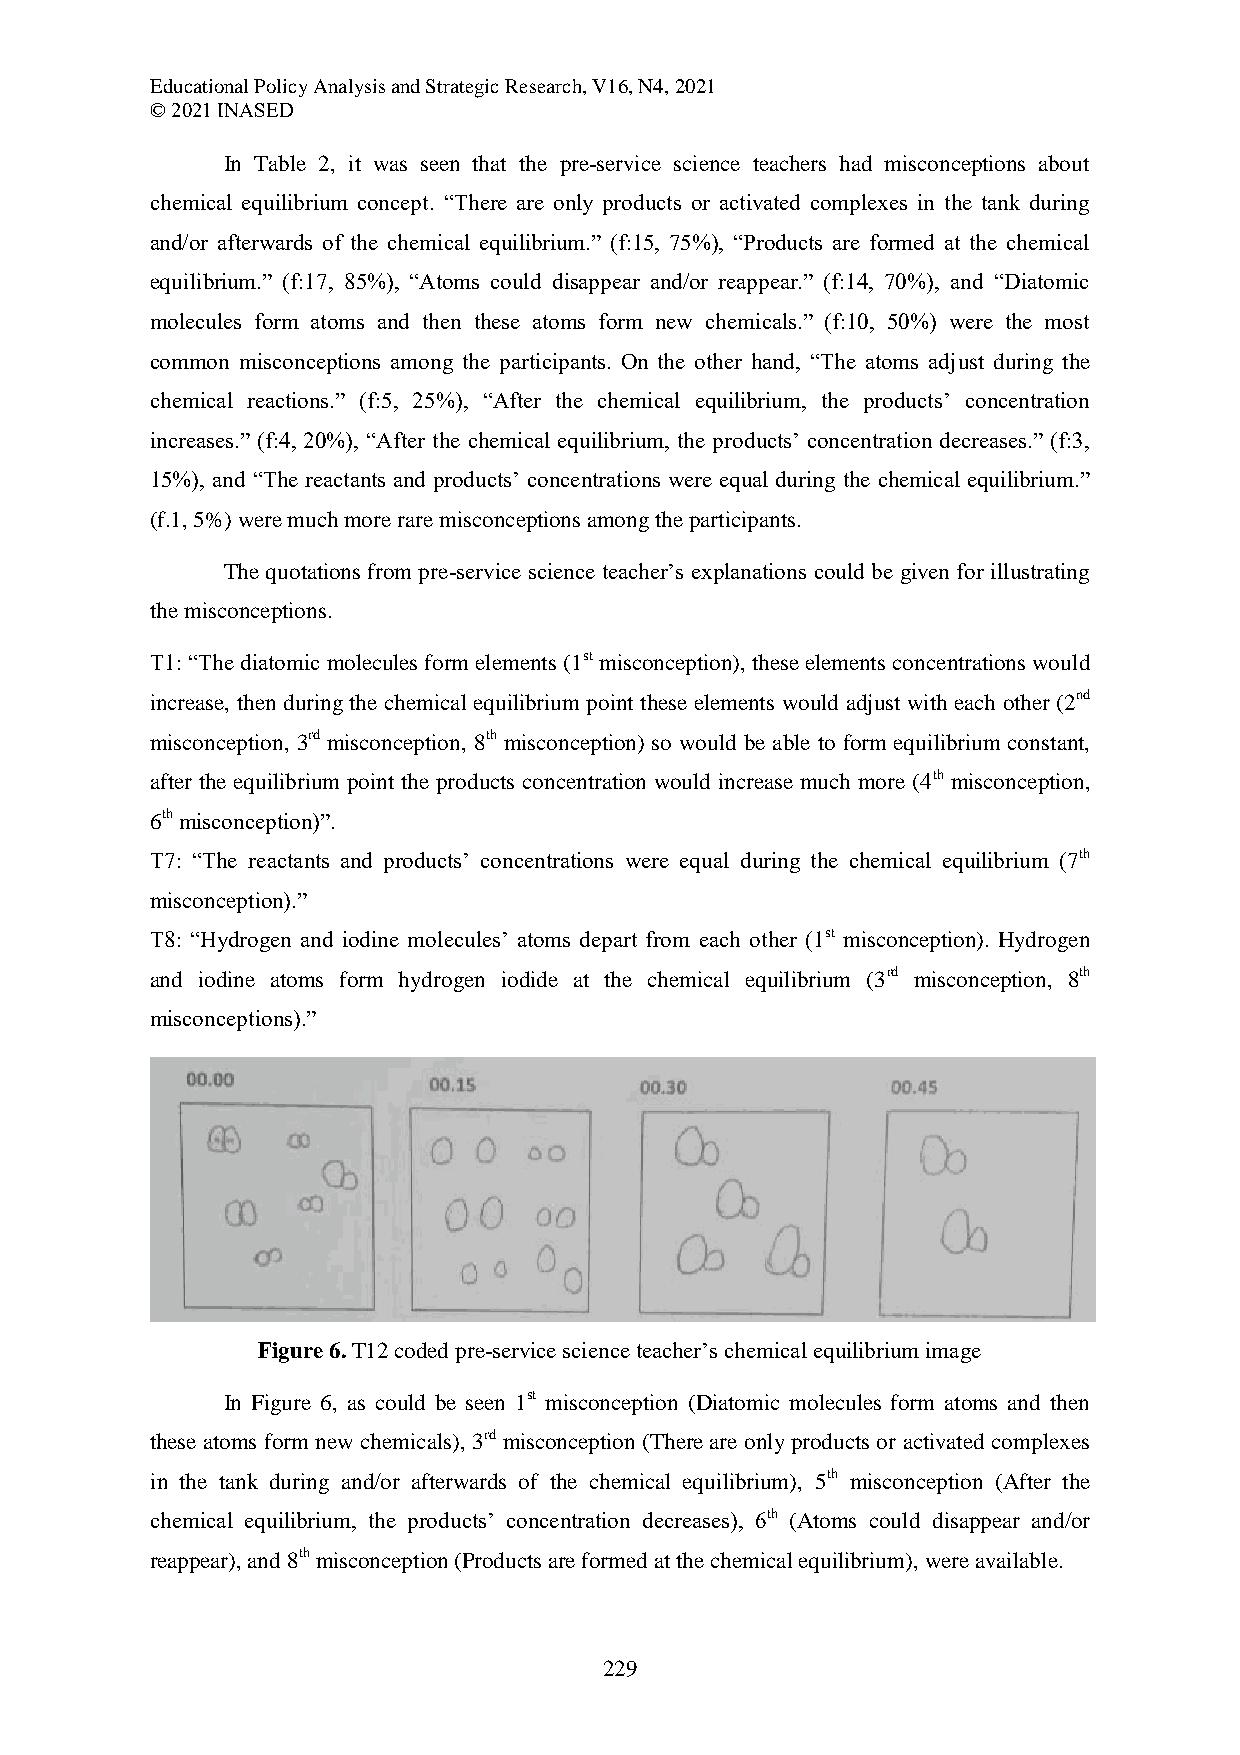
Educational Policy Analysis and Strategic Research, V16, N4, 2021
 © 2021 INASED
 In Table 2, it was seen that the pre-service science teachers had misconceptions about
 chemical equilibrium concept. “There are only products or activated complexes in the tank during
 and/or afterwards of the chemical equilibrium.” (f:15, 75%), “Products are formed at the chemical
 equilibrium.” (f:17, 85%), “Atoms could disappear and/or reappear.” (f:14, 70%), and “Diatomic
 molecules form atoms and then these atoms form new chemicals.” (f:10, 50%) were the most
 common misconceptions among the participants. On the other hand, “The atoms adjust during the
 chemical reactions.” (f:5, 25%), “After the chemical equilibrium, the products’ concentration
 increases.” (f:4, 20%), “After the chemical equilibrium, the products’ concentration decreases.” (f:3,
 15%), and “The reactants and products’ concentrations were equal during the chemical equilibrium.”
 (f.1, 5%) were much more rare misconceptions among the participants.
 The quotations from pre-service science teacher’s explanations could be given for illustrating
 the misconceptions.
 T1: “The diatomic molecules form elements (1st misconception), these elements concentrations would
 increase, then during the chemical equilibrium point these elements would adjust with each other (2nd
 misconception, 3rd misconception, 8th misconception) so would be able to form equilibrium constant,
 after the equilibrium point the products concentration would increase much more (4th misconception,
 6th misconception)”.
 T7: “The reactants and products’ concentrations were equal during the chemical equilibrium (7th
 misconception).”
 T8: “Hydrogen and iodine molecules’ atoms depart from each other (1st misconception). Hydrogen
 and iodine atoms form hydrogen iodide at the chemical equilibrium (3rd misconception, 8th
 misconceptions).”
 Figure 6. T12 coded pre-service science teacher’s chemical equilibrium image
 In Figure 6, as could be seen 1st misconception (Diatomic molecules form atoms and then
 these atoms form new chemicals), 3rd misconception (There are only products or activated complexes
 in the tank during and/or afterwards of the chemical equilibrium), 5th misconception (After the
 chemical equilibrium, the products’ concentration decreases), 6th (Atoms could disappear and/or
 reappear), and 8th misconception (Products are formed at the chemical equilibrium), were available.
 229